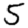
Digit: 5